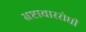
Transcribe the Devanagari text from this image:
भ्रष्टाचाररोधी